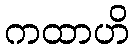
ကထာဟိ